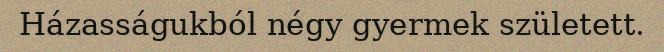
Házasságukból négy gyermek született.